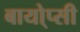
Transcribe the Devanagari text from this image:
बायो्प्सी